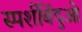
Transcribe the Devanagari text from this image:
स्पर्शबिंदुओ